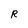
Character: R